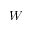
W